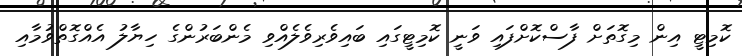
ކޮމިޓީ އިން މިގޮތަށް ފާސްކޮށްފައި ވަނީ ކޮމިޓީގައި ބައިވެރިވެލެއްވި މެންބަރުންގެ ހިޔާލު އެއްގޮތްވުމާއި